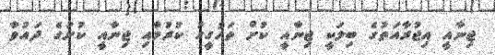
ޖިނާއީ އިޖުރާއަތުގެ ބިލަކީ ޖިނާއީ ކުށް ތަހުގީގު ކުރުމާއި ޖިނާއީ ކުށުގެ ދައުވާ